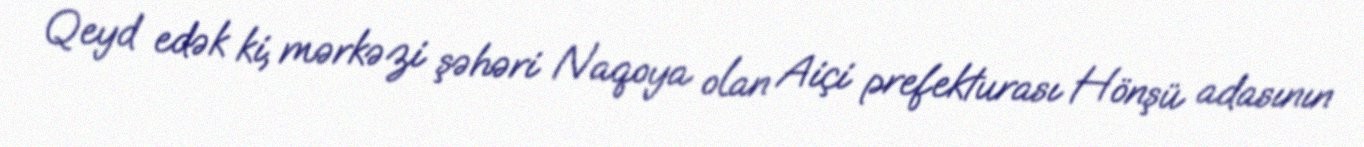
Qeyd edək ki, mərkəzi şəhəri Naqoya olan Aiçi prefekturası Hönşü adasının